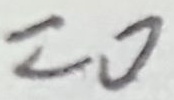
= 0